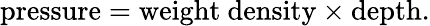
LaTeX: {\mathrm{pressure}}={\mathrm{weight~density}}\times{\mathrm{depth}}.